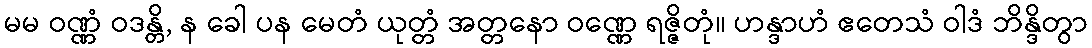
မမ ဝဏ္ဏံ ဝဒန္တိ, န ခေါ ပန မေတံ ယုတ္တံ အတ္တနော ဝဏ္ဏေ ရဇ္ဇိတုံ။ ဟန္ဒာဟံ ဧတေသံ ဝါဒံ ဘိန္ဒိတွာ